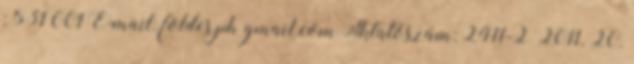
; 531 001 E-mail: foldes.ph gmail.com Iktatószám: 2411-2 2011. 20.